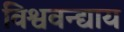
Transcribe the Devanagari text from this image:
विश्ववन्द्याय